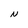
Character: N